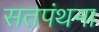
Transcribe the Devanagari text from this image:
सतपंथना